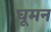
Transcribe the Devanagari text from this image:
घूमन